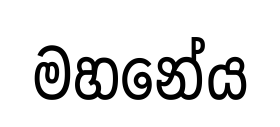
මහනේය